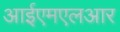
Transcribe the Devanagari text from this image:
आईएमएलआर